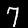
Digit: 7